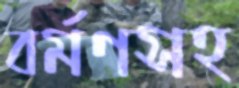
বর্মণসহ